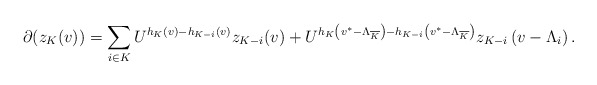
\begin{align*}\partial(z_{K}(v))=\sum_{i\in K}U^{h_K(v)-h_{K-i}(v)}z_{K-i}(v)+U^{h_{K}\left(v^*-\Lambda_{\overline{K}}\right)-h_{K-i}\left(v^*-\Lambda_{\overline{K}}\right)}z_{K-i}\left(v-\Lambda_{i}\right).\end{align*}